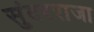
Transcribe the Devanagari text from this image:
सुंदरराजा